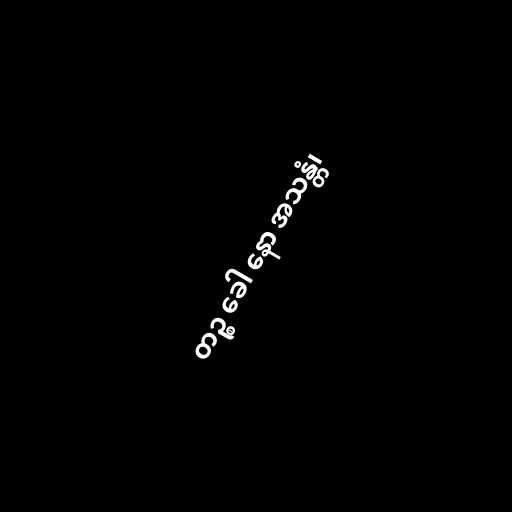
တဉ္စ ခေါ နော အသန္တံ၊